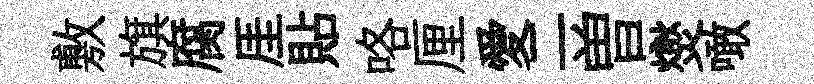
敷旗腐厓貼咯厘愛二曽爕噉